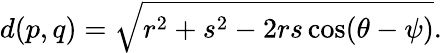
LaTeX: d(p,q)={\sqrt{r^{2}+s^{2}-2rs\cos(\theta-\psi)}}.